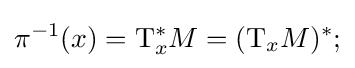
\pi ^{-1}(x)=\mathrm {T} _{x}^{*}M=(\mathrm {T} _{x}M)^{*};